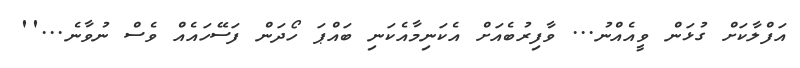
އަފްލާކަށް ގުޅަން ވީއެއްނު... ވާފިރުބެއަށް އެކަނިމާއެކަނި ބައްޕަ ހޯދަން ފަސޭހައެއް ވެސް ނުވާނެ...''